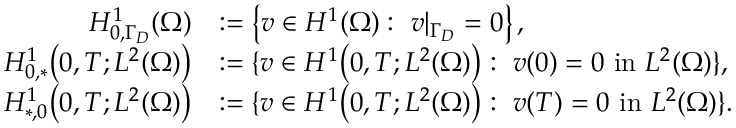
\begin{array} { r l } { H _ { 0 , \Gamma _ { D } } ^ { 1 } ( \Omega ) } & { : = \left\{ v \in H ^ { 1 } ( \Omega ) : \ v | _ { \Gamma _ { D } } = 0 \right\} , } \\ { H _ { 0 , * } ^ { 1 } \big ( 0 , T ; L ^ { 2 } ( \Omega ) \big ) } & { : = \{ v \in H ^ { 1 } \big ( 0 , T ; L ^ { 2 } ( \Omega ) \big ) : \ v ( 0 ) = 0 \ \mathrm { i n } \ L ^ { 2 } ( \Omega ) \} , } \\ { H _ { * , 0 } ^ { 1 } \big ( 0 , T ; L ^ { 2 } ( \Omega ) \big ) } & { : = \{ v \in H ^ { 1 } \big ( 0 , T ; L ^ { 2 } ( \Omega ) \big ) : \ v ( T ) = 0 \ \mathrm { i n } \ L ^ { 2 } ( \Omega ) \} . } \end{array}